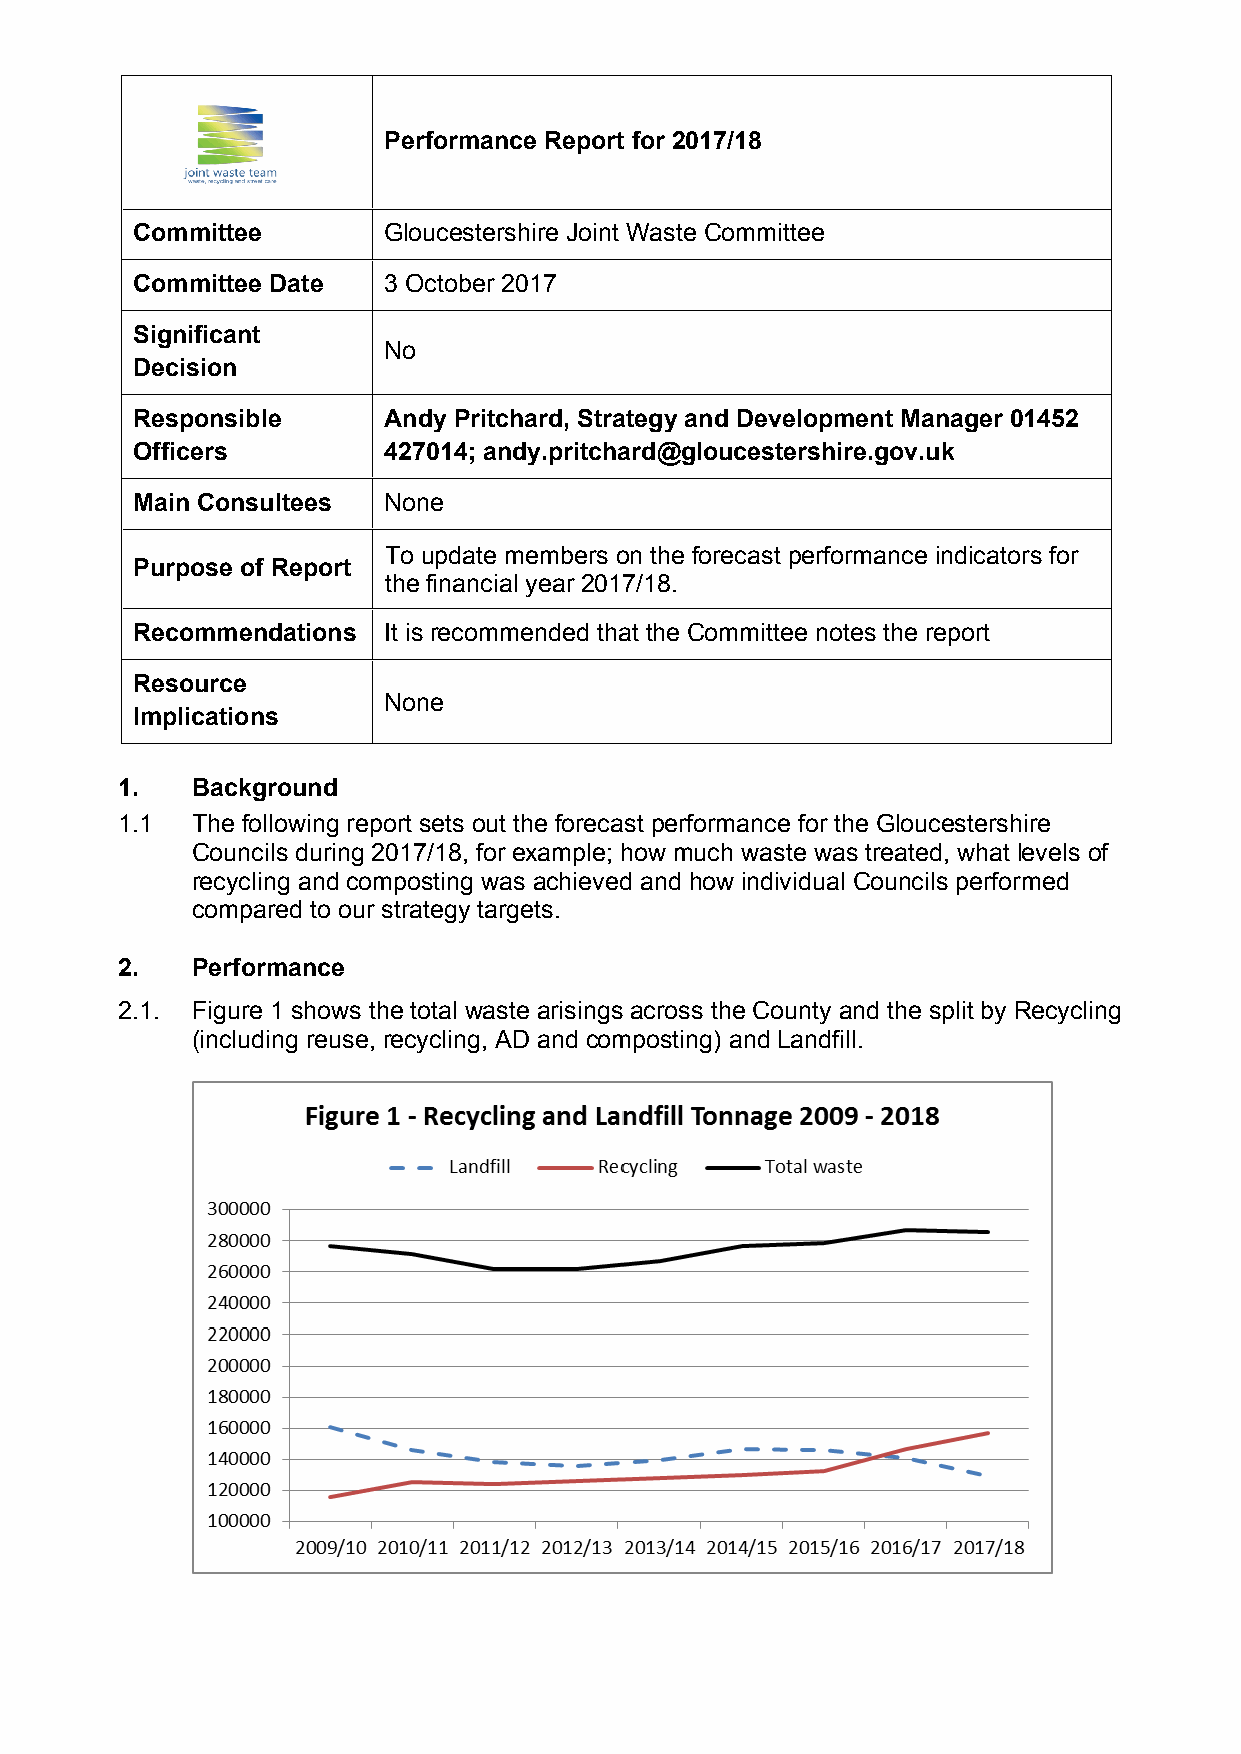
Performance Report for 2017/18
 Committee       Gloucestershire Joint Waste Committee
 Committee Date  3 October 2017
 Significant
 No
 Decision
 Responsible     Andy Pritchard, Strategy and Development Manager 01452
 Officers        427014; andy.pritchard@gloucestershire.gov.uk
 Main Consultees None
 To update members on the forecast performance indicators for
 Purpose of Report
 the financial year 2017/18.
 Recommendations It is recommended that the Committee notes the report
 Resource
 None
 Implications
 1.   Background
 1.1  The following report sets out the forecast performance for the Gloucestershire
 Councils during 2017/18, for example; how much waste was treated, what levels of
 recycling and composting was achieved and how individual Councils performed
 compared to our strategy targets.
 2.   Performance
 2.1. Figure 1 shows the total waste arisings across the County and the split by Recycling
 (including reuse, recycling, AD and composting) and Landfill.